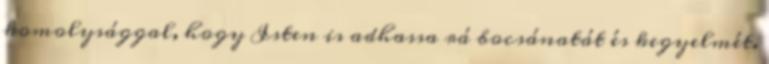
komolysággal, hogy Isten is adhassa rá bocsánatát és kegyelmét.